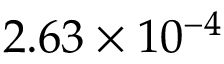
2 . 6 3 \times 1 0 ^ { - 4 }